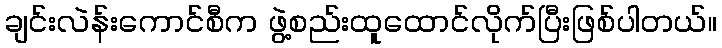
ချင်းလဲန်းကောင်စီက ဖွဲ့စည်းထူထောင်လိုက်ပြီးဖြစ်ပါတယ်။